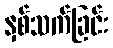
နှစ်သက်ခြင်း